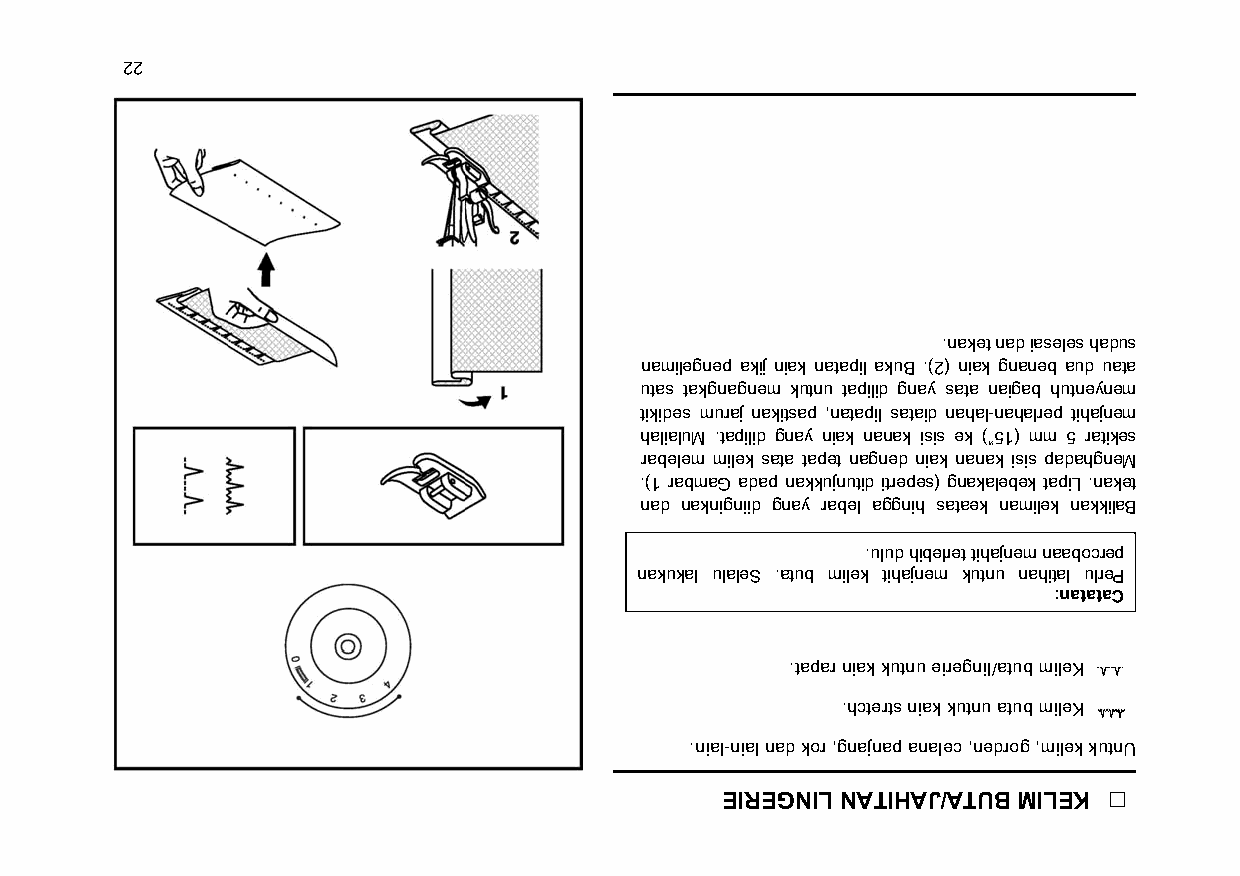
22
 .naket nad iaseles hadus
 namilegnep akij niak natapil akuB .)2( niak gnaneb aud uata
 utas takgnagnem kutnu tapilid gnay sata naigab hutneynem
 tikides muraj nakitsap ,natapil sataid nahal-nahalrep tihajnem
 halialuM .tapilid gnay niak nanak isis ek )”51( mm 5 ratikes
 rabelem milek sata tapet nagned niak nanak isis padahgneM
 .)1 rabmaG adap nakkujnutid itrepes( gnakalebek tapiL .naket
 nad naknigniid gnay rabel aggnih sataek namilek nakkilaB
 .ulud hibelret tihajnem naabocrep
 nakukal ulaleS .atub milek tihajnem kutnu nahital ulreP
 :natataC
 .tapar niak kutnu eiregnil/atub mileK
 .hcterts niak kutnu atub mileK
 .nial-nial nad kor ,gnajnap analec ,nedrog ,milek kutnU
 EIREGNIL NATIHAJ/ATUB MILEK